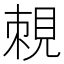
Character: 𧠵